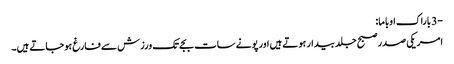
-3 باراک اوباما:
امریکی صدر صبح جلد بیدار ہوتے ہیں اور پونے سات بجے تک ورزش سے فارغ ہوجاتے ہیں۔